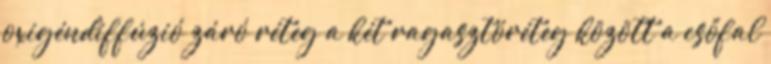
oxigéndiffúzió záró réteg a két ragasztóréteg között a csőfal